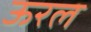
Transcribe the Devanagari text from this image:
ऊरल